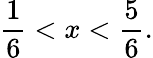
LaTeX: \frac{1}{6}<x<\frac{5}{6}.